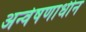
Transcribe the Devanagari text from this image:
अन्वेषणाधीन